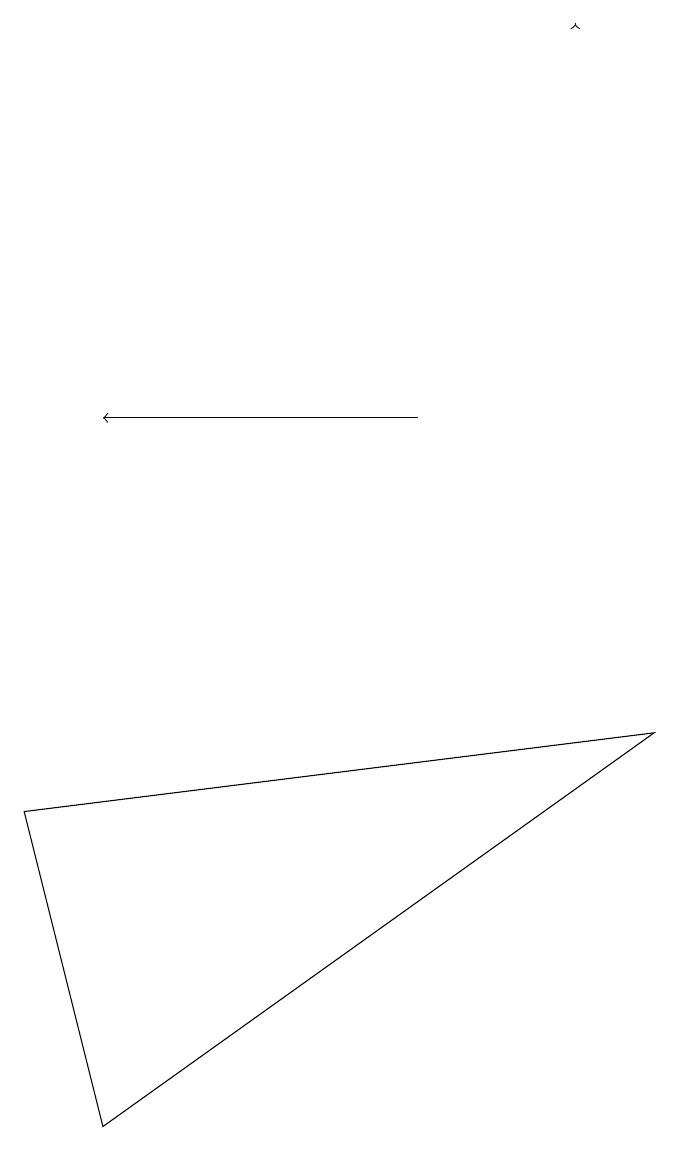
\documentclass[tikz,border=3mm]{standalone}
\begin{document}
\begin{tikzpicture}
\draw (9,7) -- (2,2) -- (1,6) -- cycle;
\draw[->] (6,11) -- (2,11);
\draw[->] (8,16) -- (8,16);
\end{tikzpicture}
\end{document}